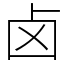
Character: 卤